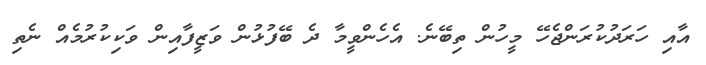
އާއި ހަރަދުކުރަންޖެހޭ މީހުން ތިބޭނެ. އެހެންވީމާ ދެ ބޭފުޅުން ވަޒީފާއިން ވަކިކުރުމެއް ނެތި